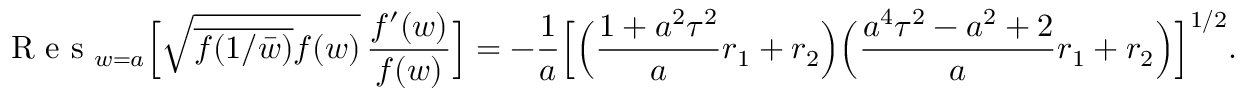
\textup { R e s } _ { w = a } \Big [ \sqrt { \overline { { f ( 1 / \bar { w } ) } } f ( w ) } \, \frac { f ^ { \prime } ( w ) } { f ( w ) } \Big ] = - \frac { 1 } { a } \Big [ \Big ( \frac { 1 + a ^ { 2 } \tau ^ { 2 } } { a } r _ { 1 } + r _ { 2 } \Big ) \Big ( \frac { a ^ { 4 } \tau ^ { 2 } - a ^ { 2 } + 2 } { a } r _ { 1 } + r _ { 2 } \Big ) \Big ] ^ { 1 / 2 } .